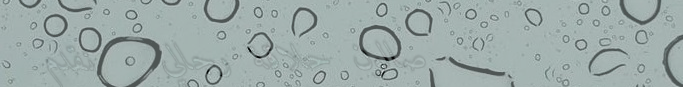
صالون حلاقة رجالي   نقدم